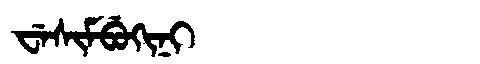
Manchu: ᠸᡝᠰᡳᠮᠪᡠᡴᡳᠨᡳ
Romanization: WESIMBUKINI